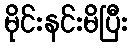
မိုင်းနင်းမိပြီး